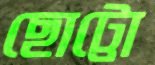
ছোট্টো